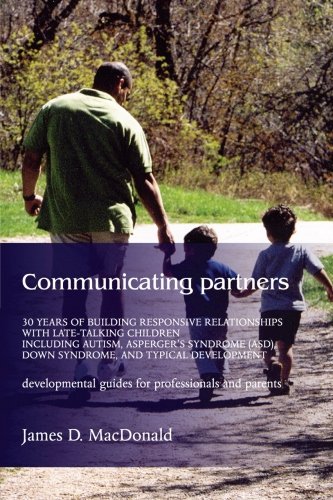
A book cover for Communicating Partners: 30 Years of Building Responsive Relationships with Late-Talking Children including Autism, Asperger's Syndrome (ASD), Down Syndrome, and Typical Developement; James D. MacDonald; Health, Fitness & Dieting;